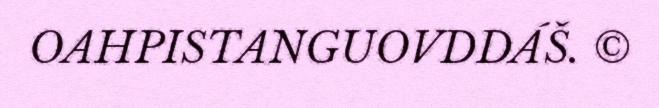
OAHPISTANGUOVDDÁŠ. ©